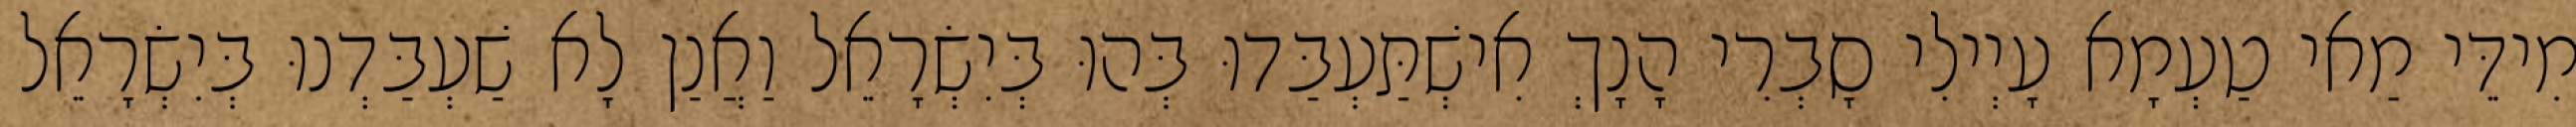
מִידֵּי מַאי טַעְמָא עָיְילִי סָבְרִי הָנָךְ אִישְׁתַּעְבַּדוּ בְּהוּ בְּיִשְׂרָאֵל וַאֲנַן לָא שַׁעְבַּדְנוּ בְּיִשְׂרָאֵל